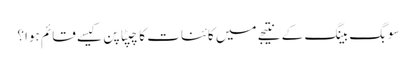
سو بگ بینگ کے نتیجے میں کائنات کا چپٹا پن کیسے قائم ہوا؟